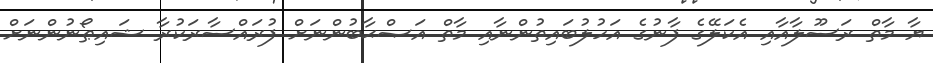
ޔާ މާތް ރަސޫލާއާއި އެކަލޭގެ ފާނުގެ އަހުލުބައިތުންނާއި މާތް އަޞްޙާބުންނަށް ފުރައްސާރަކުރާ ޝައިޠޯނުންނަށް